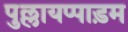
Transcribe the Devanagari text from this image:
पुल्लायप्पाड़म